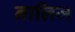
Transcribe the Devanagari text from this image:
नालिज